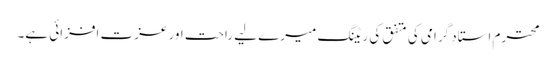
محترم استادِ گرامی کی متفق کی ریٹنگ میرے لیے راحت اور عزت افزائی ہے۔